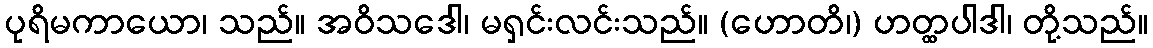
ပုရိမကာယော၊ သည်။ အဝိသဒေါ၊ မရှင်းလင်းသည်။ (ဟောတိ၊) ဟတ္ထပါဒါ၊ တို့သည်။